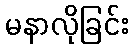
မနာလိုခြင်း